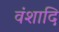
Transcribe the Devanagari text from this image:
वंशादि